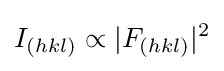
I_{(hkl)}\propto |F_{(hkl)}|^{2}